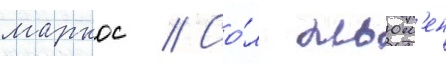
маркос // Со́л ньюм'ен